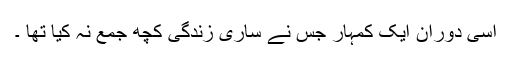
اسی دوران ایک کمہار جس نے ساری زندگی کچھ جمع نہ کیا تھا ۔